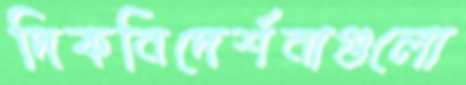
দিকনিদের্শনাগুলো